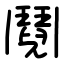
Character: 鬩